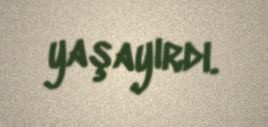
yaşayırdı.